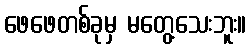
ဖေဖေတစ်ခုမှ မတွေ့သေးဘူး။